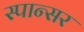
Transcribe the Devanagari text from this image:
स्पान्सर